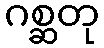
ဂစ္ဆတု